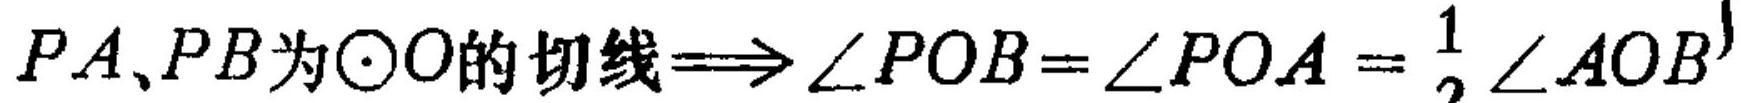
\(PA、PB\)为\(\odot O\)的切线\(\Longrightarrow\angle POB=\angle POA=\frac{1}{2}\angle AOB\)